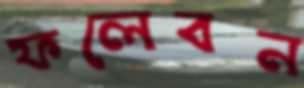
ফলেবন